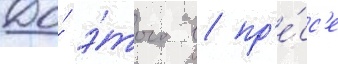
До́ э́того в пр'е́сс'е